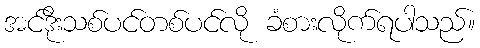
အင်ဒိုးသစ်ပင်တစ်ပင်လို ခံစားလိုက်ရပါသည်။